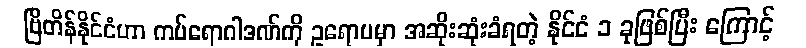
ဗြိတိန်နိုင်ငံဟာ ကပ်ရောဂါဒဏ်ကို ဥရောပမှာ အဆိုးဆုံးခံရတဲ့ နိုင်ငံ ၁ ခုဖြစ်ပြီး ကြောင့်